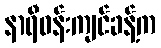
နာရီဝန်းကျင်ခန့်က